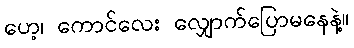
ဟေ့၊ ကောင်လေး လျှောက်ပြောမနေနဲ့။